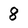
Character: 8